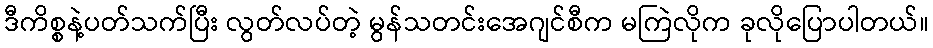
ဒီကိစ္စနဲ့ပတ်သက်ပြီး လွတ်လပ်တဲ့ မွန်သတင်းအေဂျင်စီက မကြဲလိုက ခုလိုပြောပါတယ်။